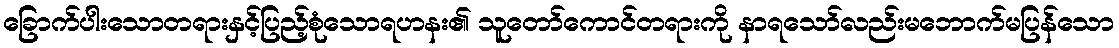
ခြောက်ပါးသောတရားနှင့်ပြည့်စုံသောရဟနး၏ သူတော်ကောင်တရားကို နာရသော်လည်းမဘောက်မပြန်သော